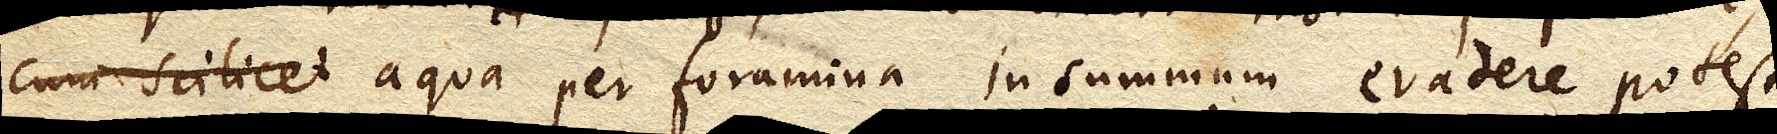
cum scilicet quia aqua per foramina in summum evadere potest,